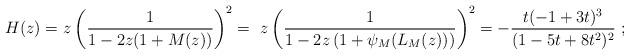
\begin{align*}H(z)=&~ z \left(\frac 1 {1-2 z(1+ M(z)) }\right)^2=~z \left(\frac 1 {1- 2z\left(1+ \psi_M(L_M(z))\right) }\right)^2=-\frac{t (-1 + 3 t)^3}{(1 - 5 t + 8 t^2)^2}~;\end{align*}